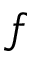
f